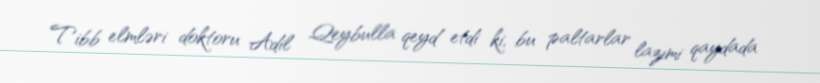
Tibb elmləri doktoru Adil Qeybulla qeyd etdi ki, bu paltarlar lazımi qaydada